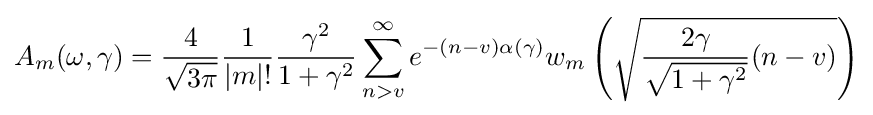
A_{m}(\omega ,\gamma )={\frac {4}{\sqrt {3\pi }}}{\frac {1}{|m|!}}{\frac {\gamma ^{2}}{1+\gamma ^{2}}}\sum _{n>v}^{\infty }e^{-(n-v)\alpha (\gamma )}w_{m}\left({\sqrt {{\frac {2\gamma }{\sqrt {1+\gamma ^{2}}}}(n-v)}}\right)